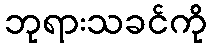
ဘုရားသခင်ကို